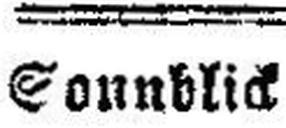
Connblick